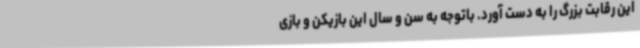
این رقابت بزرگ را به دست آورد. باتوجه به سن و سال این بازیکن و بازی